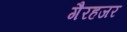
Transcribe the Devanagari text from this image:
गैरहजर